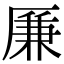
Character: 𠪊